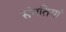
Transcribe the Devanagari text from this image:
संगतियां